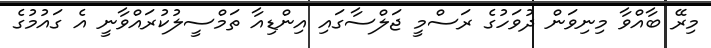
މިރޭ ބާއްވާ މިނިވަން ދުވަހުގެ ރަސްމީ ޖަލްސާގައި އިންޑިއާ ތަމްސީލުކުރައްވާނީ އެ ގައުމުގެ